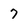
Character: 7